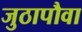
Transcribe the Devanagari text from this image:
जुठापौवा